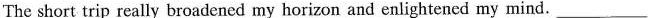
The short trip really broadened my horizon and enlightened my mind.___